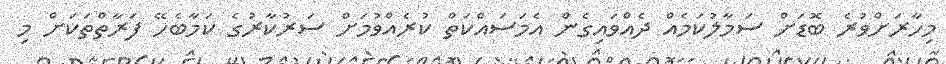
މިހާރަށްވުރެ ބޮޑަށް ސަމާލުކަމެއް ދެއްވައިގެން އެމަސައްކަތް ކުރެއްވުމަށް ސަރުކާރުގެ ކަމާބެހޭ ފަރާތްތަކަށް މި